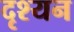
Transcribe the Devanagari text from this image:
दृश्यन